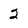
Character: 2